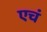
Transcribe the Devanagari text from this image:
एचं